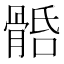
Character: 𩩎